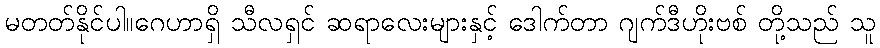
မတတ်နိုင်ပါ။ဂေဟာရှိ သီလရှင် ဆရာလေးများနှင့် ဒေါက်တာ ဂျက်ဒီဟိုးဗစ် တို့သည် သူ